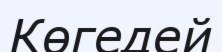
Көгедей